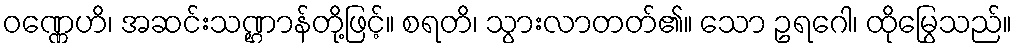
ဝဏ္ဏေဟိ၊ အဆင်းသဏ္ဌာန်တို့ဖြင့်။ စရတိ၊ သွားလာတတ်၏။ သော ဥရဂေါ၊ ထိုမြွေသည်။